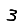
Digit: 3